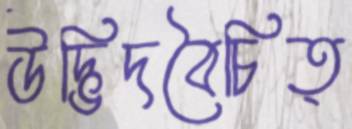
উদ্ভিদবৈচিত্